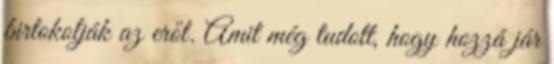
birtokolják az erőt. Amit még tudott, hogy hozzá jár